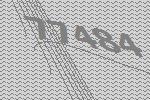
77484